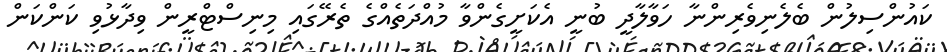
ކައުންސިލުން ބެލެނިވެރިންނާ ހަވާލާދީ ބުނީ އެކަށީގެންވާ މުއްދަތެއްގެ ތެރޭގައި މިނިސްޓްރީން ވިދާޅުވި ކަންކަން